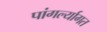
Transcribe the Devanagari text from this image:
पांगर्ल्यागत